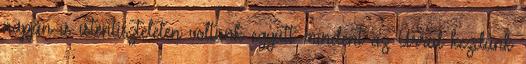
napján is istentiszteleten voltunk együtt: mindent az Úrral kezdünk